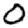
Digit: 0